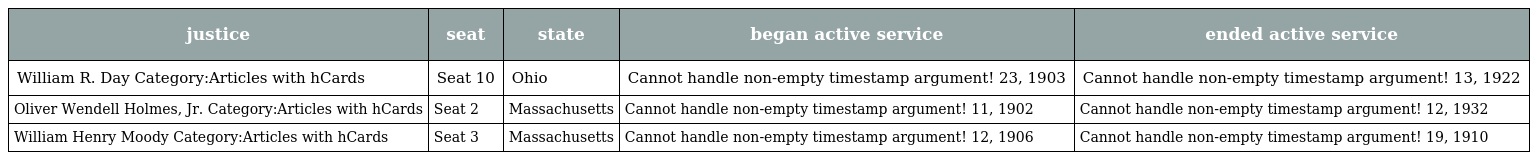
| justice | seat | state | began active service | ended active service |
 | --- | --- | --- | --- | --- |
 | William R. Day Category:Articles with hCards | Seat 10 | Ohio | Cannot handle non-empty timestamp argument! 23, 1903 | Cannot handle non-empty timestamp argument! 13, 1922 |
 | Oliver Wendell Holmes, Jr. Category:Articles with hCards | Seat 2 | Massachusetts | Cannot handle non-empty timestamp argument! 11, 1902 | Cannot handle non-empty timestamp argument! 12, 1932 |
 | William Henry Moody Category:Articles with hCards | Seat 3 | Massachusetts | Cannot handle non-empty timestamp argument! 12, 1906 | Cannot handle non-empty timestamp argument! 19, 1910 |